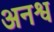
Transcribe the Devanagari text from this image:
अनश्व